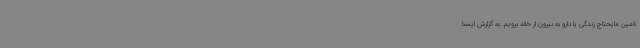
تامین مایحتاج زندگی یا دارو به بیرون از خانه برویم. به گزارش ایسنا